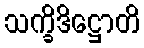
သက္ခိဒိဋ္ဌောတိ